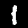
Label: 1